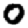
Digit: 0